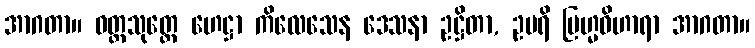
အာဂတာ။ ဝတ္ထသုတ္တေ ဟေဋ္ဌာ ကိလေသေန ဒေသနာ ဥဋ္ဌိတာ, ဥပရိ ဗြဟ္မဝိဟာရာ အာဂတာ။